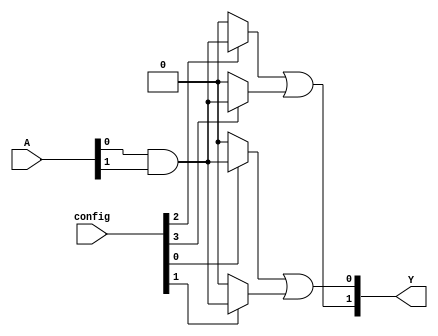
module SPAL (
    input  wire [N-1:0] A,      // Input signals A, B, C, ..., N
    input  wire [M-1:0] config,  // Configuration for the AND gates
    output wire [P-1:0] Y        // Output signals Y1, Y2, ..., Ym
);

// Parameters
parameter N = 8;    // Number of input signals
parameter M = 4;    // Number of programmable AND gates
parameter P = 2;    // Number of fixed OR gates

// Internal wires for AND gate outputs
wire [M-1:0] and_out;

// Programmable AND Array
generate
    genvar i;
    for (i = 0; i < M; i = i + 1) begin: and_array
        // Each AND gate can be programmed based on the 'config' input
        assign and_out[i] = (config[i] == 1) ? (A[0] & A[1]) : 0; // Example: AND gate based on config
        // Additional logic can be added here to configure based on different inputs and their complements
    end
endgenerate

// Fixed OR Array
assign Y[0] = and_out[0] | and_out[1]; // OR gate combining outputs from AND gates
assign Y[1] = and_out[2] | and_out[3]; // Another OR gate

endmodule